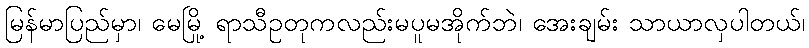
မြန်မာပြည်မှာ၊ မေမြို့ ရာသီဥတုကလည်းမပူမအိုက်ဘဲ၊ အေးချမ်း သာယာလှပါတယ်၊